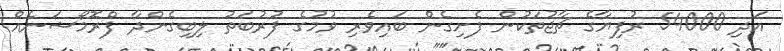
އަދި 54000 ރުފިޔާގެ ޗާޖުތަކުން ފެށިގެން ބައިވެރި ވުމުގެ ފުރުބަތު ލިބިގެންދާ ފްރޮމޯޝަނެއް